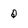
Character: Q